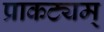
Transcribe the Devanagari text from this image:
प्राकट्यम्